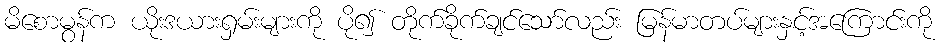
မိစောမွန်က ယိုးဒယားရှမ်းများကို ပို၍ တိုက်ခိုက်ချင်သော်လည်း မြန်မာတပ်များနှင့်အကြောင်းကို